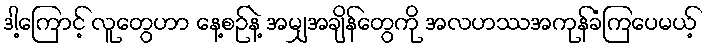
ဒါ့ကြောင့် လူတွေဟာ နေ့စဉ်နဲ့ အမျှအချိန်တွေကို အလဟဿအကုန်ခံကြပေမယ့်